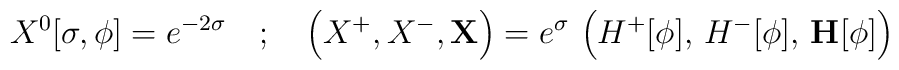
X^0[\sigma,\phi] = e^{-2\sigma} \quad ; \quad \left( X^+,X^-,\mathbf{X}\right)  = e^{\sigma} \, \left( H^+[\phi], \, H^-[\phi],\, \mathbf{H}[\phi] \right )